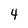
Character: 4